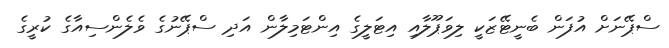
ސްޕޭނަށް އުފަން ބެނީޓޭޒަކީ ލިވަޕޫލާއި އިޓަލީގެ އިންޓަމިލާން އަދި ސްޕޭނުގެ ވެލެންސިއާގެ ކުރީގެ